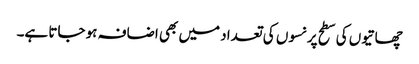
چھاتیوں کی سطح پر نسوں کی تعداد میں بھی اضافہ ہو جاتا ہے۔